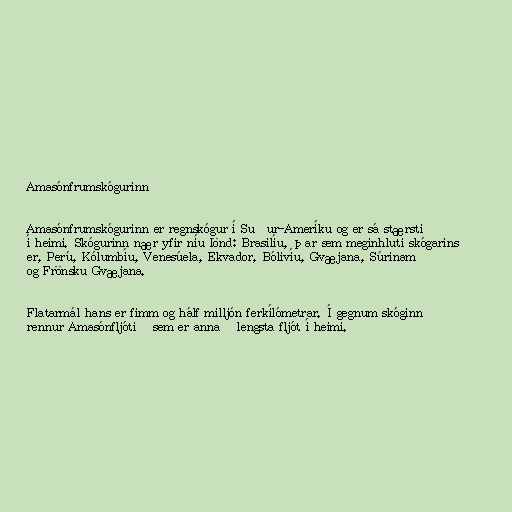
Amasónfrumskógurinn

Amasónfrumskógurinn er regnskógur í Suður-Ameríku og er sá stærsti
í heimi. Skógurinn nær yfir níu lönd: Brasilíu, þar sem meginhluti skógarins
er, Perú, Kólumbíu, Venesúela, Ekvador, Bólivíu, Gvæjana, Súrinam
og Frönsku Gvæjana.

Flatarmál hans er fimm og hálf milljón ferkílómetrar. Í gegnum skóginn
rennur Amasónfljótið sem er annað lengsta fljót í heimi.